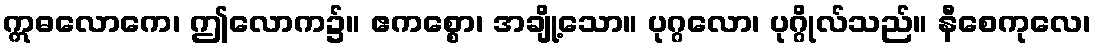
ဣဓလောကေ၊ ဤလောက၌။ ဧကစ္စော၊ အချို့သော။ ပုဂ္ဂလော၊ ပုဂ္ဂိုလ်သည်။ နီစေကုလေ၊